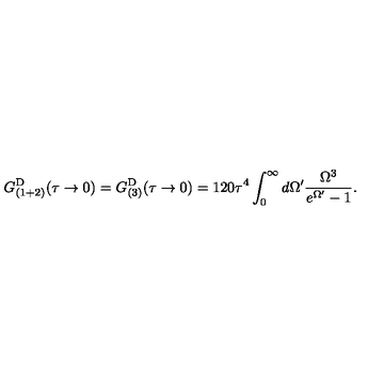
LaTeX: G _ { ( 1 + 2 ) } ^ { \mathrm { D } } ( \tau \rightarrow 0 ) = G _ { ( 3 ) } ^ { \mathrm { D } } ( \tau \rightarrow 0 ) = 1 2 0 \tau ^ { 4 } \int _ { 0 } ^ { \infty } d \Omega ^ { \prime } \frac { \Omega ^ { 3 } } { e ^ { \Omega ^ { \prime } } - 1 } .